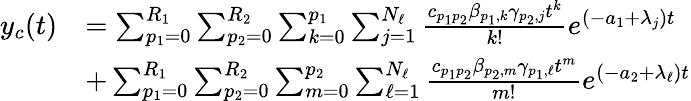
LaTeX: \begin{array}{rl}{y_{c}(t)}&{=\sum_{p_{1}=0}^{R_{1}}\sum_{p_{2}=0}^{R_{2}}\sum_{k=0}^{p_{1}}\sum_{j=1}^{N_{\ell}}\frac{c_{p_{1}p_{2}}\beta_{p_{1},k}\gamma_{p_{2},j}t^{k}}{k!}e^{(-a_{1}+\lambda_{j})t}}\\ &{+\sum_{p_{1}=0}^{R_{1}}\sum_{p_{2}=0}^{R_{2}}\sum_{m=0}^{p_{2}}\sum_{\ell=1}^{N_{\ell}}\frac{c_{p_{1}p_{2}}\beta_{p_{2},m}\gamma_{p_{1},\ell}t^{m}}{m!}e^{(-a_{2}+\lambda_{\ell})t}}\end{array}